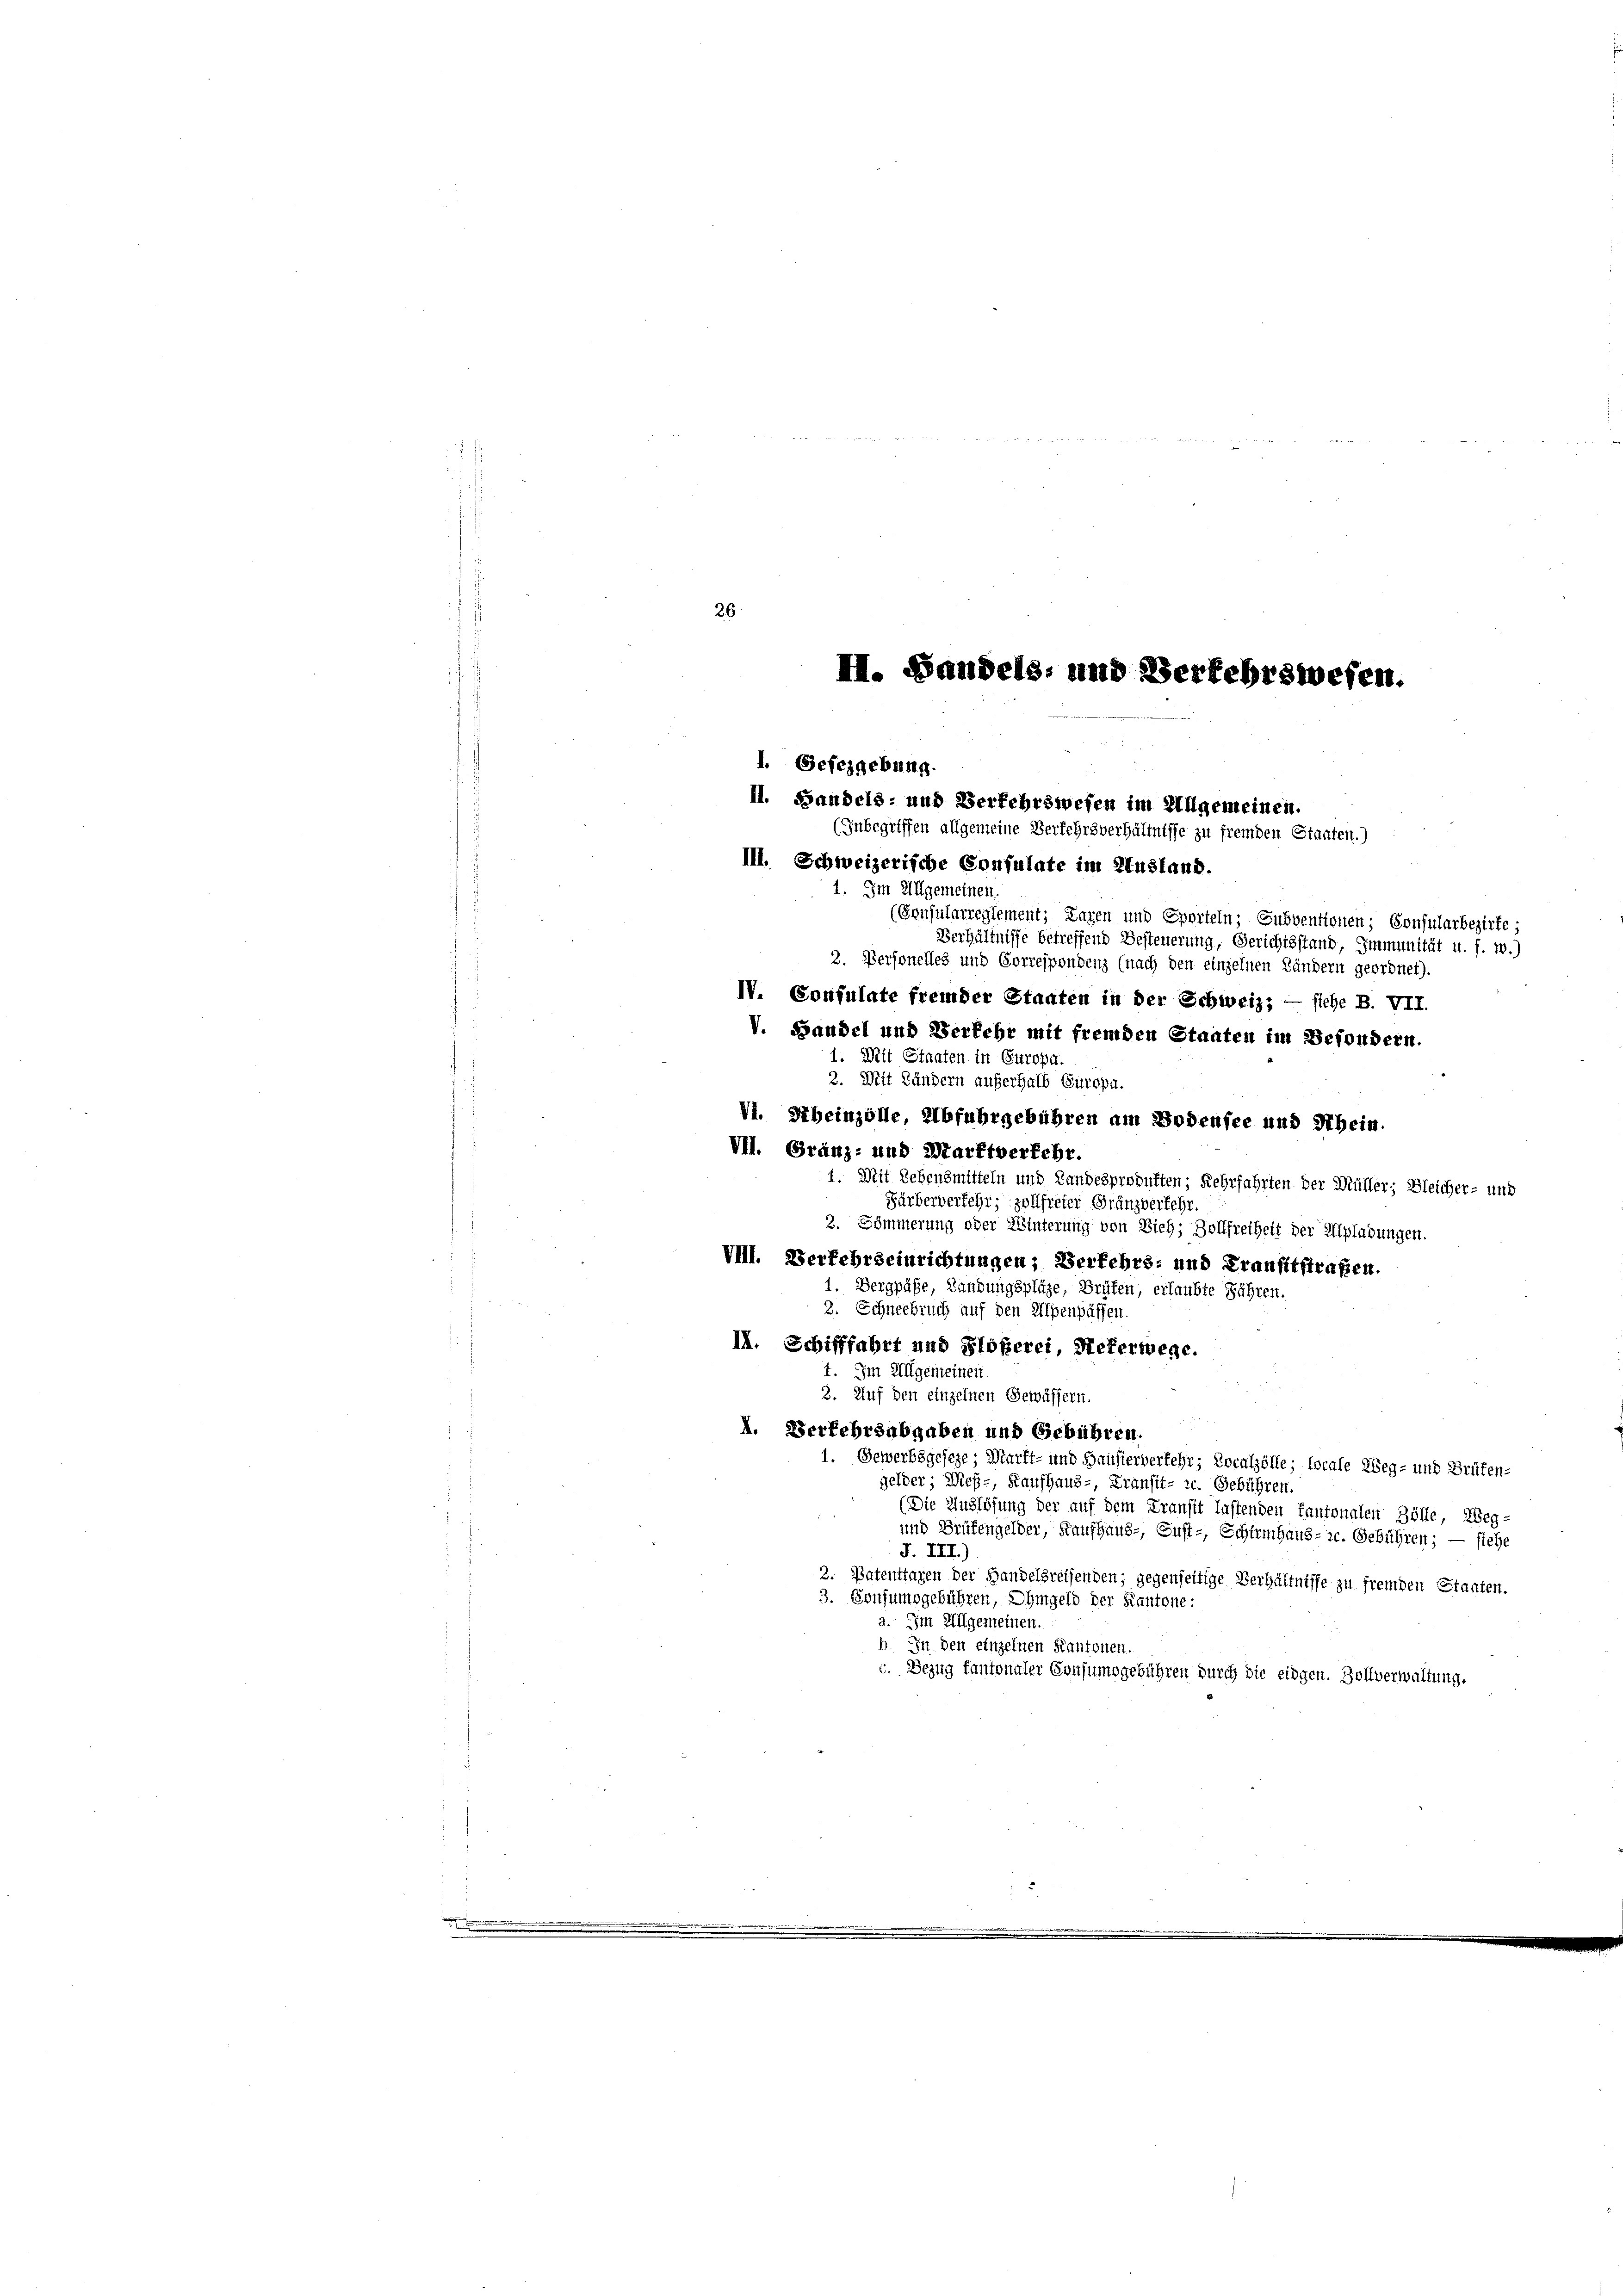
26

H. Handels- und Verkehrswesen.

I. Befezgebung.
II. Handels- und Verfehrswesen im Allgemeinen.
(Inbegriffen allgemeine Verkehrsverhältnisse zu fremden Stanten.)
III. Schweizerische Confulate im Ausland.
1. Im Allgemeinen.

(Censularreglement; Layen und Sporteln; Subventionen; Consularbezirke;
Verhältnisse betreffend Besteuerung, Gerichtsstand, Immunität u. s. w.)
2. Personelles und Correspondenz (nach den einzelnen Ländern geordnet).
IV. Confulate fremder Staaten in der Schweiz; — siehe B. VII.
V. Handel und Verkehr mit fremden Staaten im Besondern.
1. Mit Staaten in Europa.
2. Welt Ländern außerhalb Europa.
VI. Rheinzolle, Abfuhrgebühren am Bodensee und Schein.
VII. Gränz- und Marktverkehr.
1. Mit Lebensmitteln und Landesproduften; Lehrfahrten der Müller; Bleicher- und
Fürberverfehr; zollfreier Gränzverkehr.
2. Sömmerung oder Winterung von Bieh; Zollfreiheit der Alpladungen.
VIII. Verkehrseinrichtungen; Verkehrs- und Pranststraßen.
1. Bergpäße, Landungspläge, Brüfen, erlaubte Führen.
2. Schneebruch auf den Alpenpässen.
II. Schifffahrt und Flößerei, Neferwege.
t. Im Allgemeinen
2. Auf den einzelnen Gewässern.
I. Verkehrsabgaben und Gebühren.
1. Gewerbsgeseze; Markt- und Hausterverfehr; Localzölle; locale Weg- und Brüfen-
gelder; Wieß-, Kaufhaus-, Transit- u. Gebühren
(Die Auslösung der auf dem Transtt lastenden Kantonalen Zölle, Weg-
und Brüfengelder, Kaufhaus-, Gust-, Schumhaus- zc. Gebühren; — siehe
J. III.)
3. Patentragen der Handelsreisenden; gegenseitige Verhältnisse zu fremden Stanten.
3. Sonsumsgebühren, Ohmgeld der Kantone:
a. Im Allgemeinen.
b. In den einzelnen Kantonen.
c. Bezug fantonaler Consumsgebühren durch die eidgen. Zollverwaltung.